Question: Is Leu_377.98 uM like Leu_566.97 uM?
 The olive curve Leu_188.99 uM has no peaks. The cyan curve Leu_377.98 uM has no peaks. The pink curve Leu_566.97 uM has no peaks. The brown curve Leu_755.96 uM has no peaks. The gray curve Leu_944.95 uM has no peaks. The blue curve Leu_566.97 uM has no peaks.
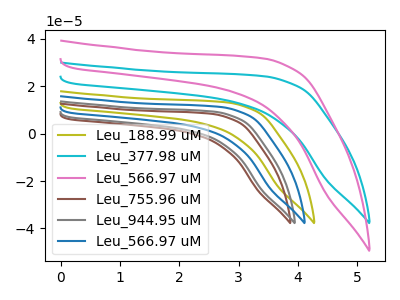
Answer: <think>Neither "Leu_377.98 uM" or "Leu_566.97 uM" have any peaks.
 </think>
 <answer>"Leu_377.98 uM" and "Leu_566.97 uM" are similar in shape.</answer>
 <eval>same_shape</eval>